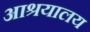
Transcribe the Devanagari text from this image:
आश्रयालय